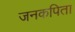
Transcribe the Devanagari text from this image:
जनकपिता